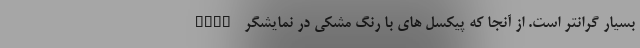
بسیار گرانتر است. از آنجا که پیکسل های با رنگ مشکی در نمایشگر OLED